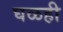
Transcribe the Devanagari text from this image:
घळही